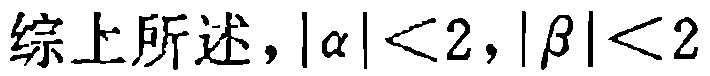
综上所述，\(|\alpha|<2,|\beta|<2\)